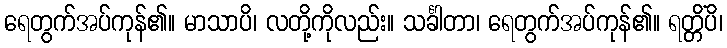
ရေတွက်အပ်ကုန်၏။ မာသာပိ၊ လတို့ကိုလည်း။ သင်္ခါတာ၊ ရေတွက်အပ်ကုန်၏။ ရတ္တိံပိ၊